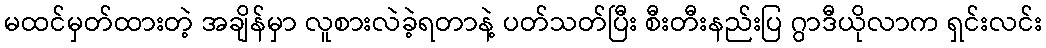
မထင်မှတ်ထားတဲ့ အချိန်မှာ လူစားလဲခဲ့ရတာနဲ့ ပတ်သတ်ပြီး စီးတီးနည်းပြ ဂွာဒီယိုလာက ရှင်းလင်း